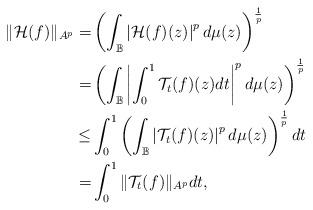
LaTeX: \begin{align*}\|\mathcal{H}(f)\|_{A^p}=&\left(\int_{\mathbb{B}}\left|\mathcal{H}(f)(z)\right|^pd\mu(z)\right)^\frac1p\\=&\left(\int_{\mathbb{B}}\left|\int^1_0\mathcal{T}_t(f)(z)dt\right|^pd\mu(z)\right)^\frac1p\\\leq&\int^1_0\left(\int_{\mathbb{B}}\left|\mathcal{T}_t(f)(z)\right|^pd\mu(z)\right)^\frac1pdt\\=&\int^1_0\|\mathcal{T}_t(f)\|_{A^p}dt,\end{align*}